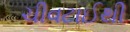
ચીવટાઈથી